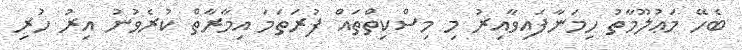
ބެހޭ މަޢުލޫމާތު ހިމަނާފައިވާއިރު މި މިސްކިތްތައް ފުރަތަމަ އިމާރާތް ކުރެވުނު އިރު ހުރި